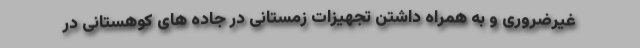
غیرضروری و به همراه داشتن تجهیزات زمستانی در جاده های کوهستانی در